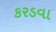
કરડવા